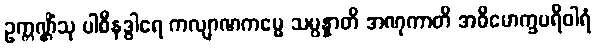
ဥက္ကဏ္ဌိံသု ပါစီနဒွါရေ ကလျာဏကမ္မေ သမ္ပန္နာတိ အဏုကာတိ အဓိမောက္ခပရိဝါရံ